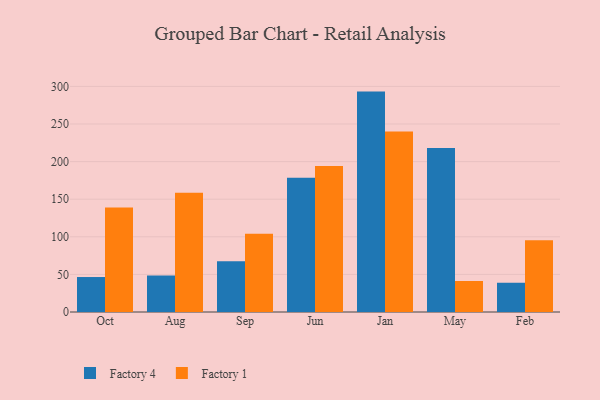
{"axis": {"x": "Month", "y": "Waste Production (Tons)"}, "legend": ["Factory 1", "Factory 4"], "data": [{"x": "Oct", "y": 46.5, "type": "Factory 4"}, {"x": "Oct", "y": 139.1, "type": "Factory 1"}, {"x": "Aug", "y": 48.4, "type": "Factory 4"}, {"x": "Aug", "y": 158.7, "type": "Factory 1"}, {"x": "Sep", "y": 67.5, "type": "Factory 4"}, {"x": "Sep", "y": 104.2, "type": "Factory 1"}, {"x": "Jun", "y": 178.6, "type": "Factory 4"}, {"x": "Jun", "y": 194.2, "type": "Factory 1"}, {"x": "Jan", "y": 293.1, "type": "Factory 4"}, {"x": "Jan", "y": 240.1, "type": "Factory 1"}, {"x": "May", "y": 218.2, "type": "Factory 4"}, {"x": "May", "y": 41.2, "type": "Factory 1"}, {"x": "Feb", "y": 38.9, "type": "Factory 4"}, {"x": "Feb", "y": 95.4, "type": "Factory 1"}]}